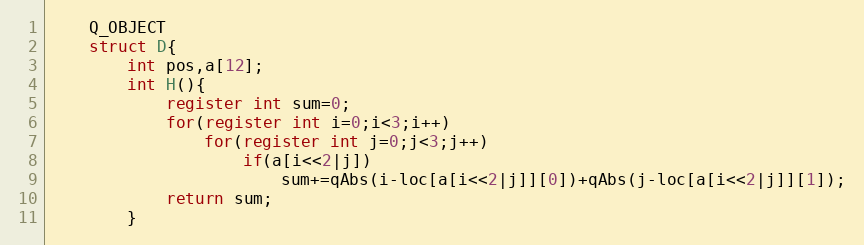
Language: C
    Q_OBJECT
    struct D{
        int pos,a[12];
        int H(){
            register int sum=0;
            for(register int i=0;i<3;i++)
                for(register int j=0;j<3;j++)
                    if(a[i<<2|j])
                        sum+=qAbs(i-loc[a[i<<2|j]][0])+qAbs(j-loc[a[i<<2|j]][1]);
            return sum;
        }